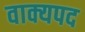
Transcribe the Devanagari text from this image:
वाक्यपद